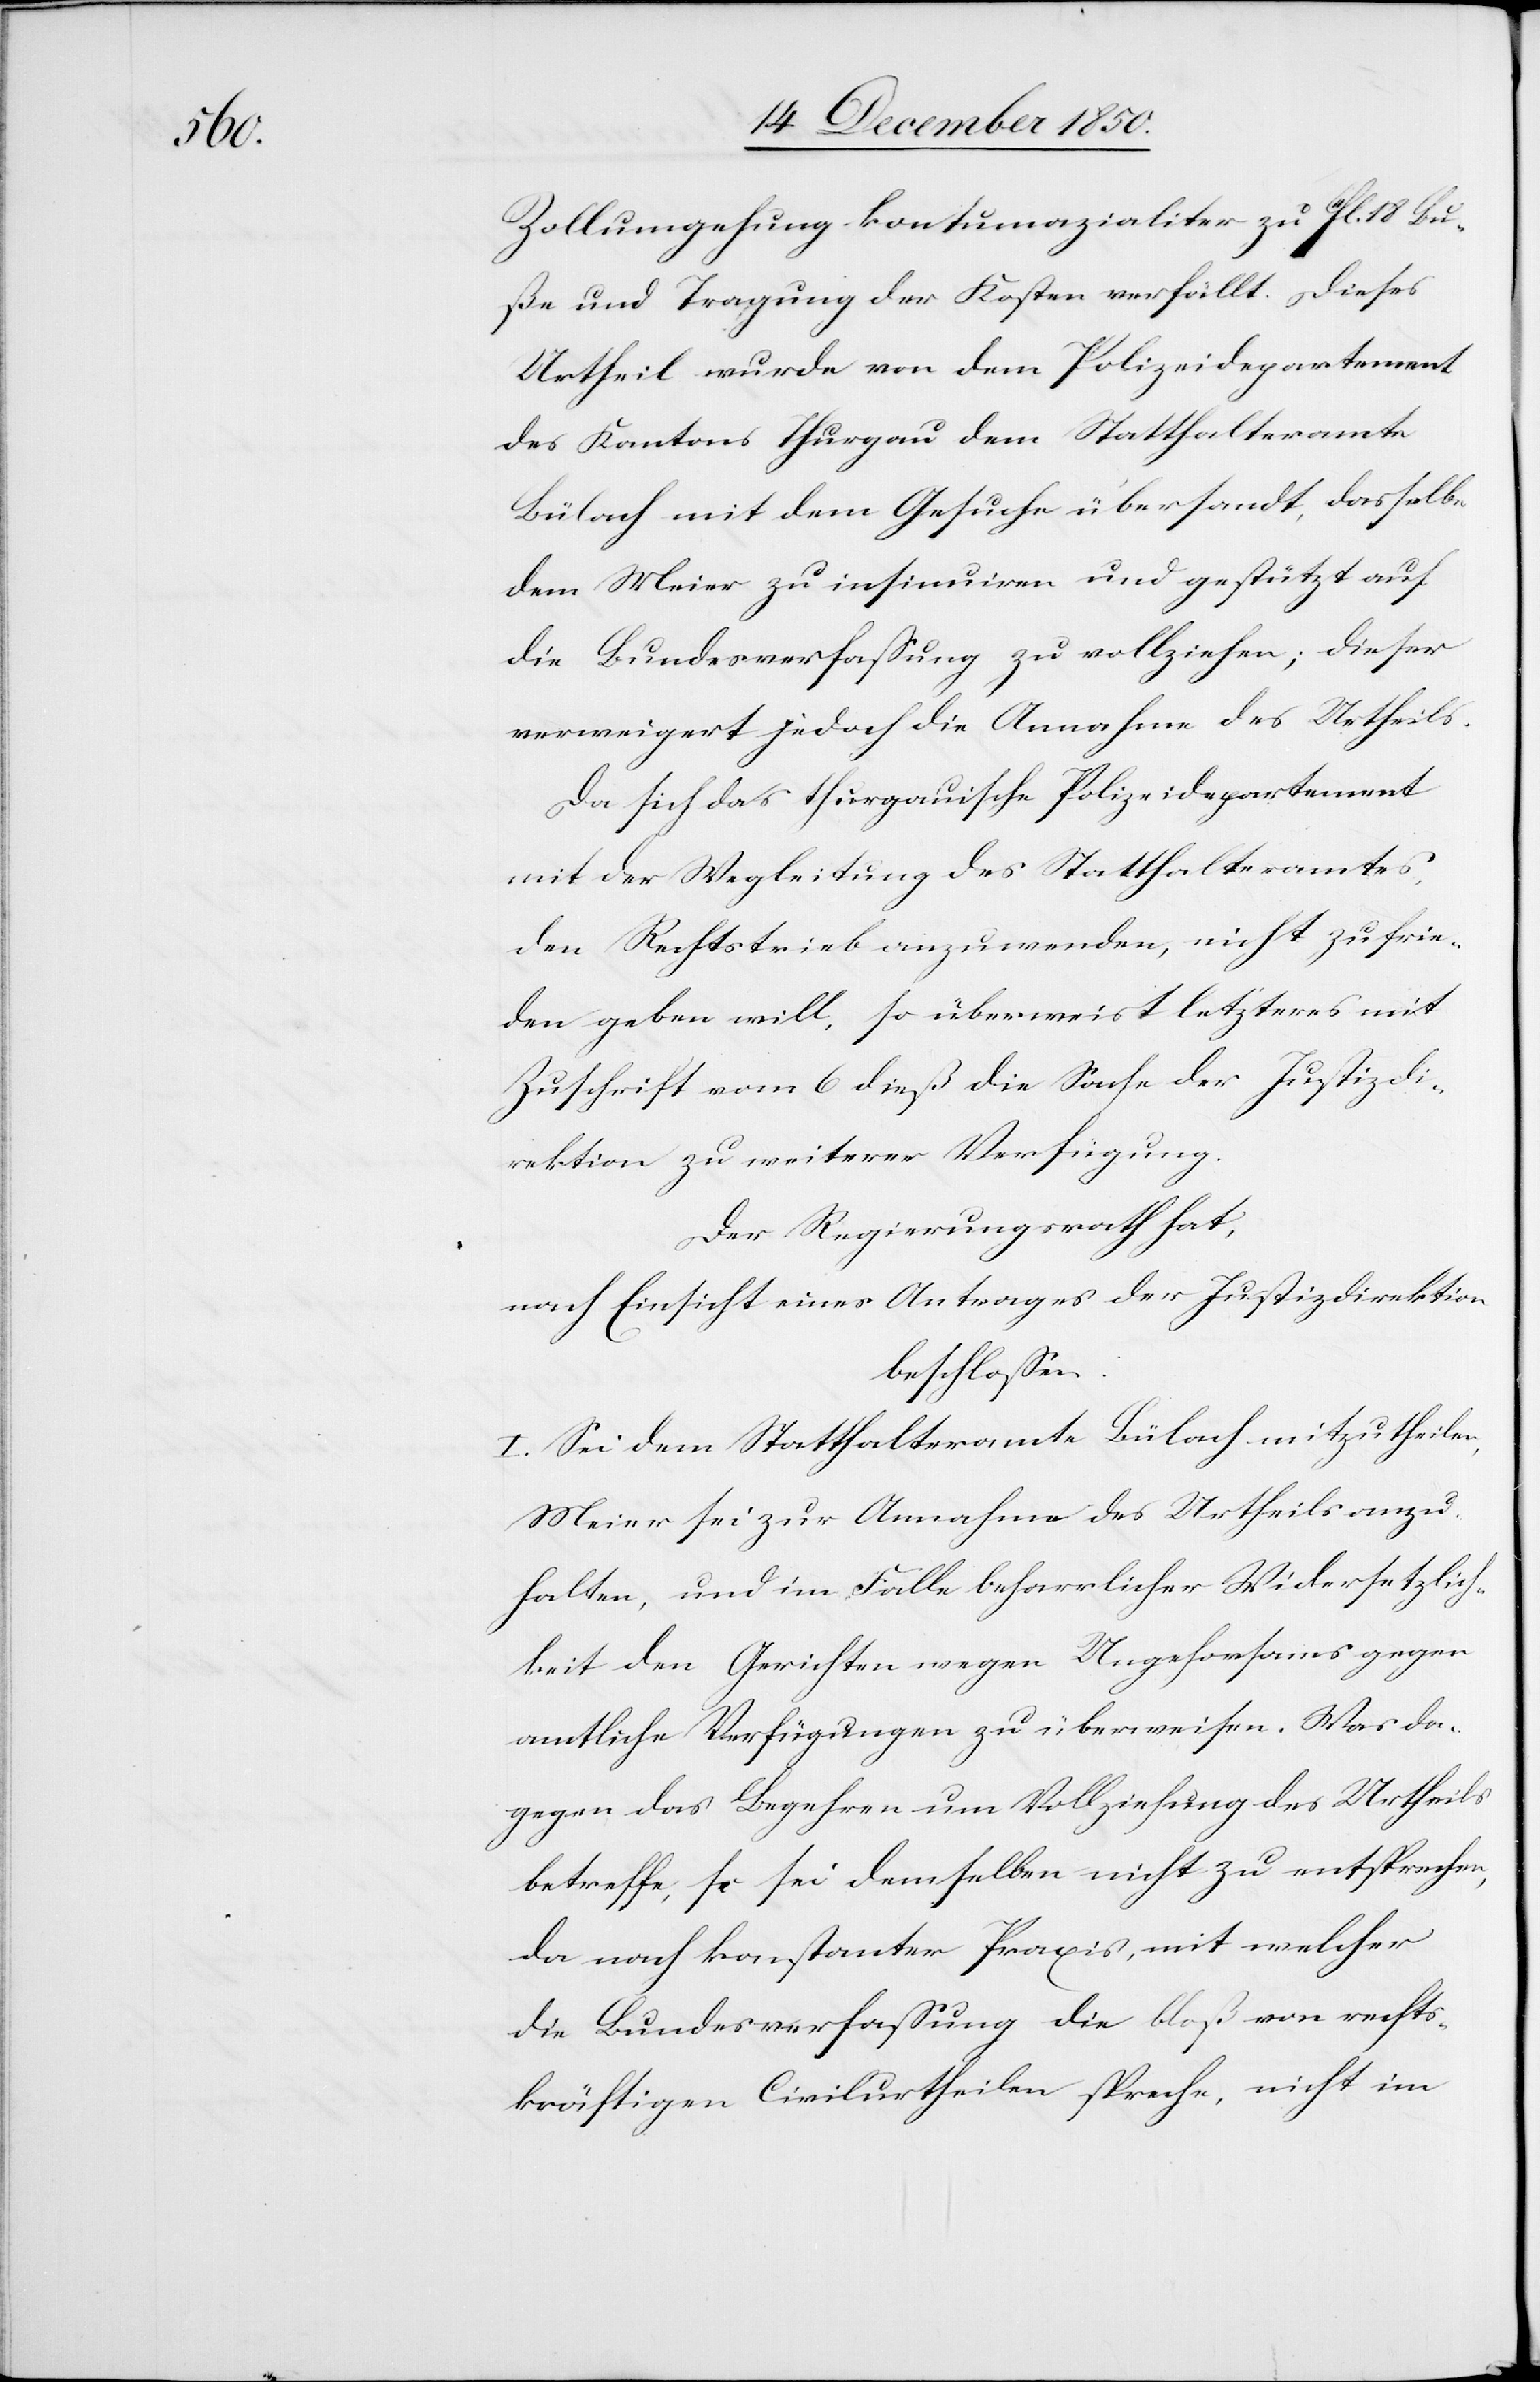
Zollumgehung kontumazialiter zu fl. 18 Bu¬
ße und Tragung der Kosten verfällt. Dieses
Urtheil wurde von dem Polizeidepartement
des Kantons Thurgau dem Statthalteramte
Bülach mit dem Gesuche übersandt, dasselbe
dem Meier zu insinuiren und gestützt auf
die Bundesverfassung zu vollziehen; dieser
verweigert jedoch die Annahme des Urtheils.
Da sich das thurgauische Polizeidepartement
mit der Wegleitung des Statthalteramtes,
den Rechtstrieb anzuwenden, nicht zufrie¬
den geben will, so überweist letzteres mit
Zuschrift vom 6 dieß die Sache der Justizdi¬
rektion zu weiterer Verfügung.
Der Regierungsrath hat,
nach Einsicht eines Antrages der Justizdirektion
beschlossen:
I. Sei dem Statthalteramte Bülach mitzutheilen,
Meier sei zur Annahme des Urtheils anzu¬
halten, und im Falle beharrlicher Widersetzlich¬
keit den Gerichten wegen Ungehorsams gegen
amtliche Verfügungen zu überweisen. Was da¬
gegen das Begehren um Vollziehung des Urtheils
betreffe, so sei demselben nicht zu entsprechen,
da nach konstanter Praxis, mit welcher
die Bundesverfassung die bloß von rechts¬
kräftigen Civilurtheilen spreche, nicht im